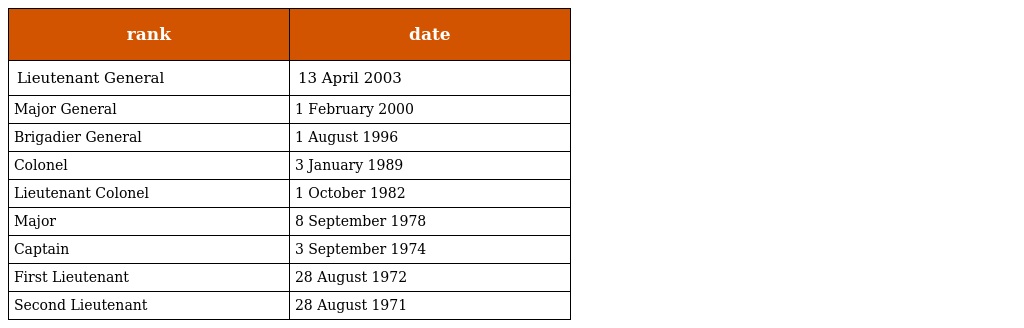
| rank | date |
 | --- | --- |
 | Lieutenant General | 13 April 2003 |
 | Major General | 1 February 2000 |
 | Brigadier General | 1 August 1996 |
 | Colonel | 3 January 1989 |
 | Lieutenant Colonel | 1 October 1982 |
 | Major | 8 September 1978 |
 | Captain | 3 September 1974 |
 | First Lieutenant | 28 August 1972 |
 | Second Lieutenant | 28 August 1971 |